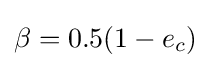
\beta =0.5(1-e_{c})